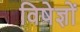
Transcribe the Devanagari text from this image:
विषेज्ञों